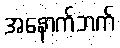
အနောက်ဘက်